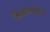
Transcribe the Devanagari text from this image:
चित्रबंधकाव्य